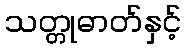
သတ္တုဓာတ်နှင့်